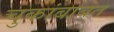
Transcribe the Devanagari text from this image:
चुकांबाबत